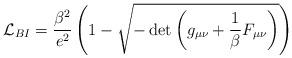
LaTeX: \begin{align*}{\cal L}_{{BI}}=\frac{\beta ^2}{e^2}\left( 1 - \sqrt{-\det \left( g_{\mu \nu }+\frac 1\beta F_{\mu \nu }\right) } \right) \end{align*}